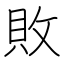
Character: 敗